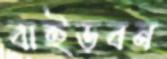
বাইড়বন